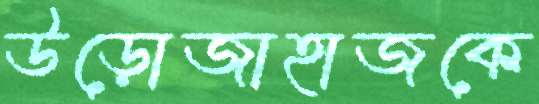
উড়োজাহাজকে